38_143685_box_Incident_Summaries_101-172
Agency: Department of War
Page 154
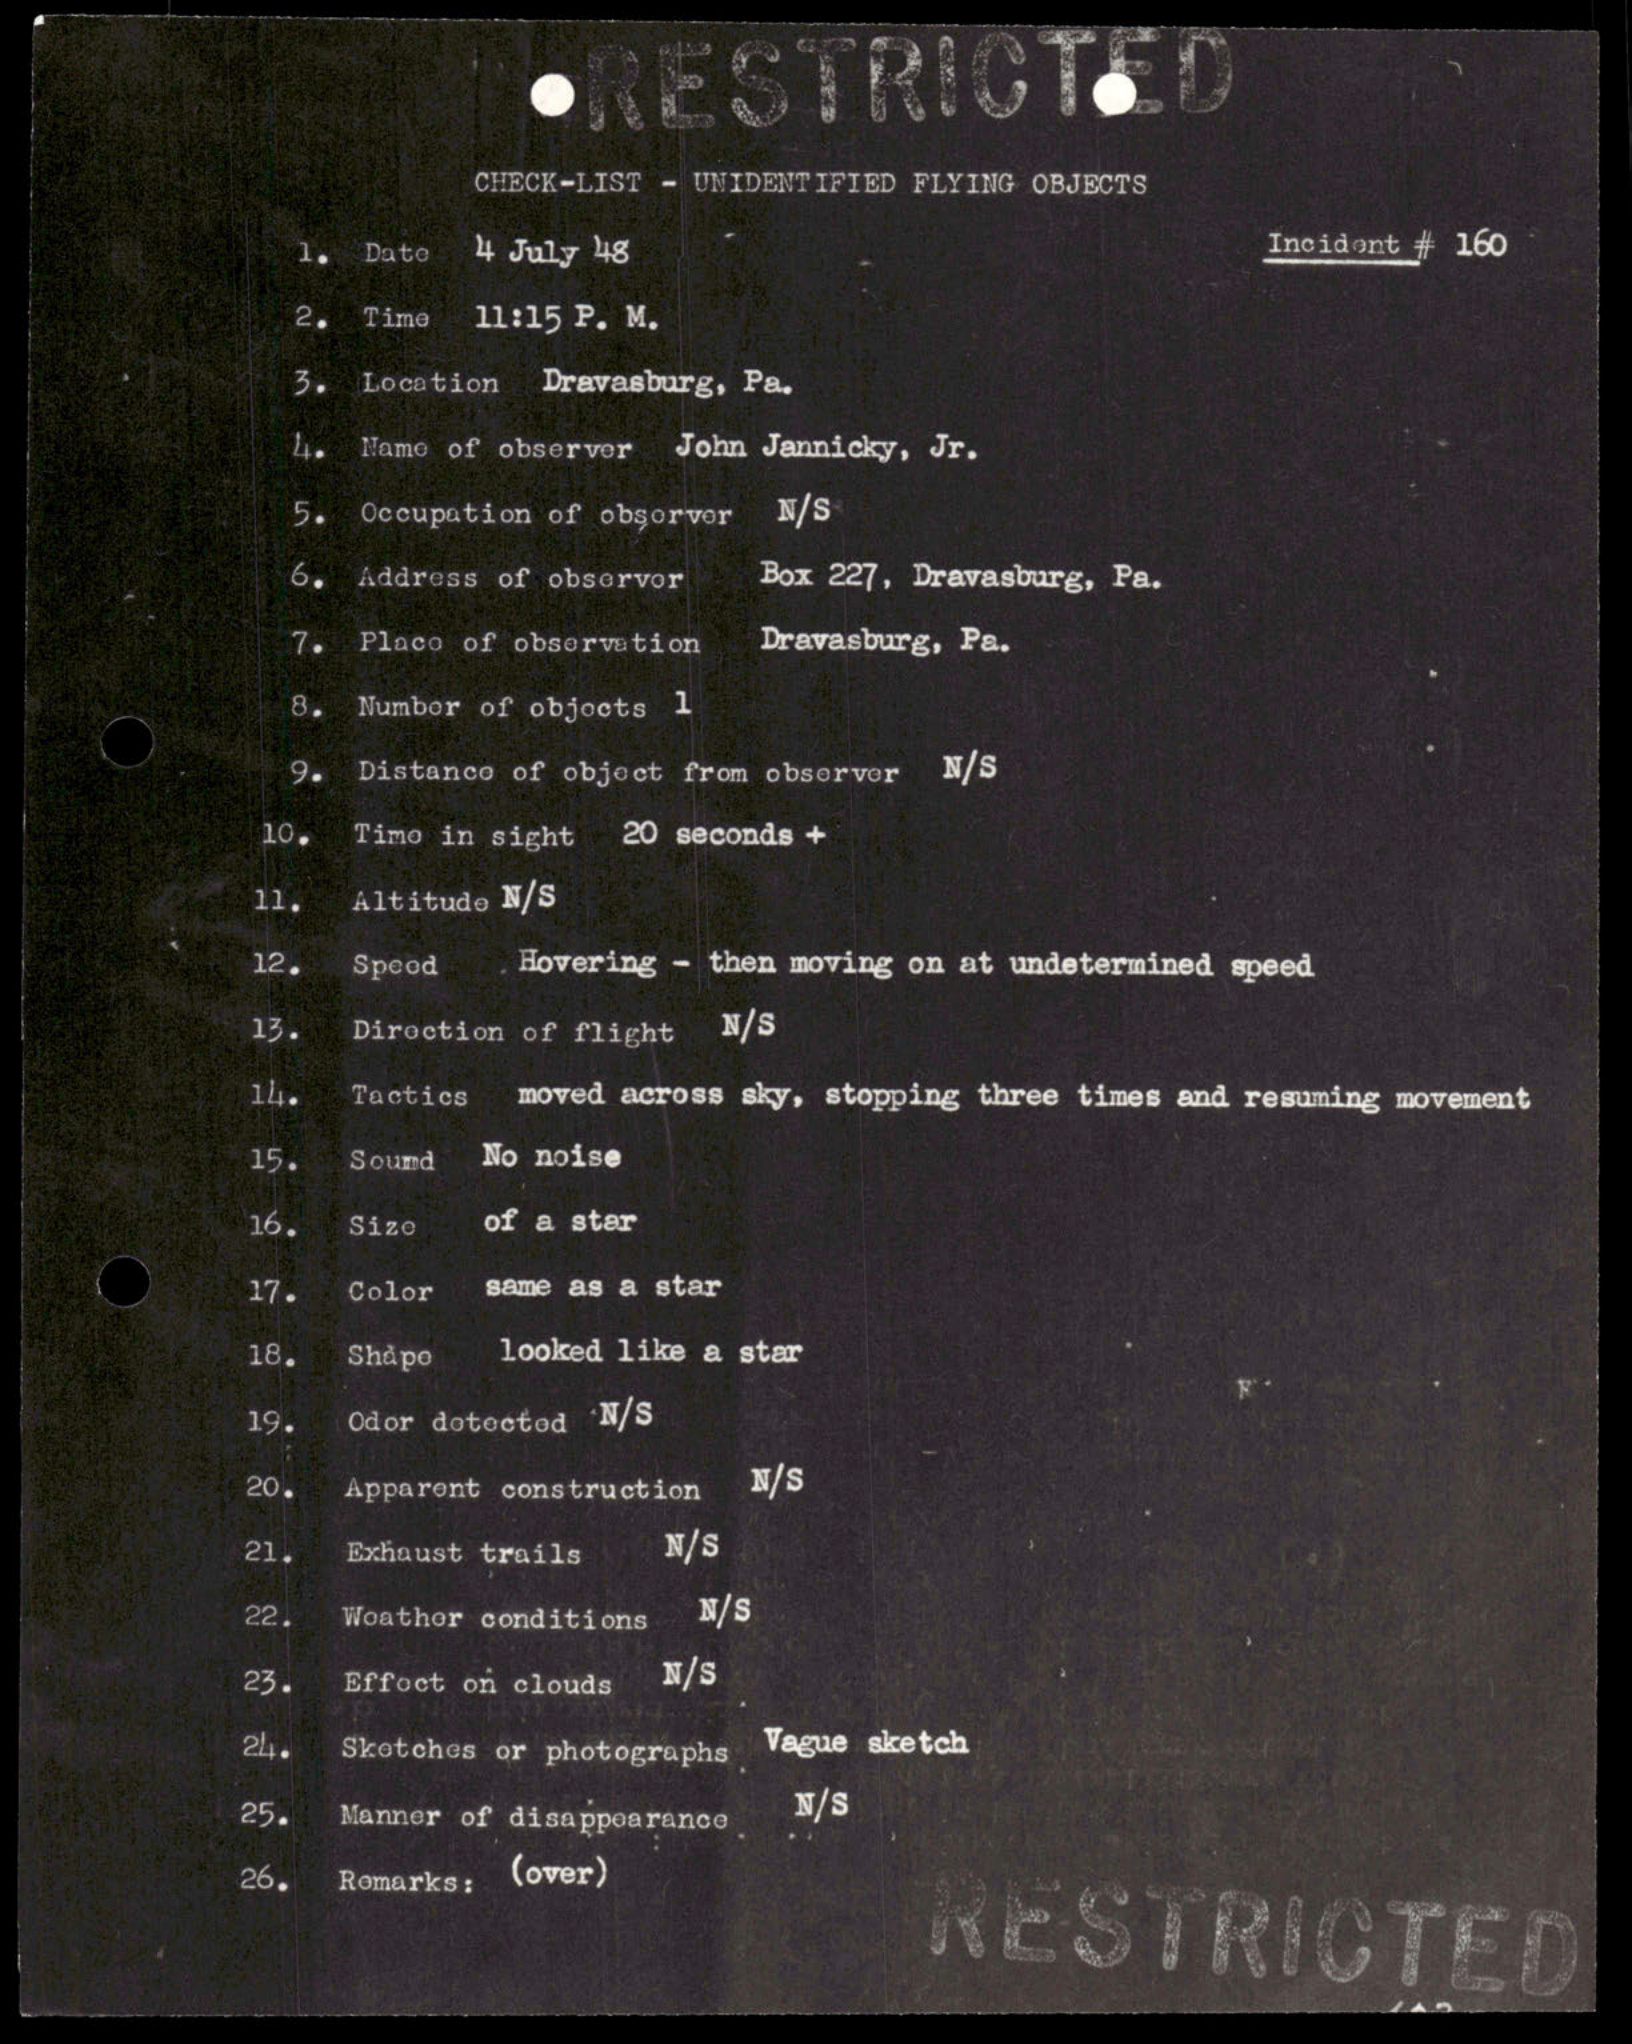